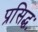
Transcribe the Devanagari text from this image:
प्रसिद्धः